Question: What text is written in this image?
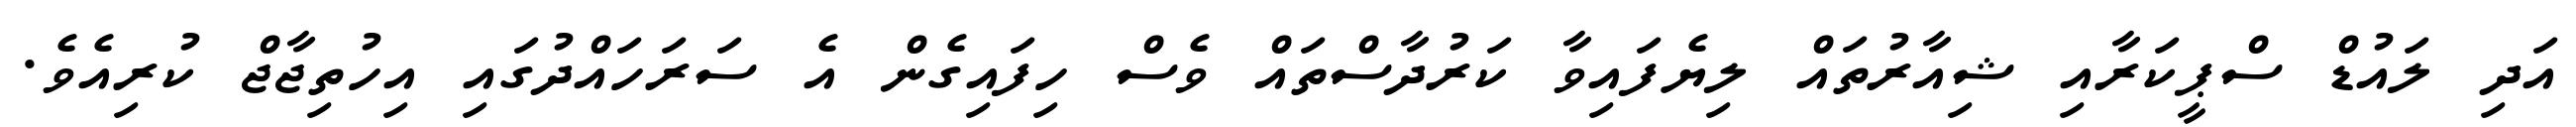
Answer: އަދި ލައުޑް ސްޕީކަރާއި ޝިއާރުތައް ލިޔެފައިވާ ކަރުދާސްތައް ވެސް ހިފައިގެން އެ ސަރަހައްދުގައި އިހުތިޖާޖް ކުރިއެވެ.